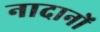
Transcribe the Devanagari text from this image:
नादानों